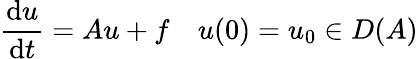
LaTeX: {\frac{\mathrm{d}u}{\mathrm{d}t}}=Au+f\quad u(0)=u_{0}\in D(A)